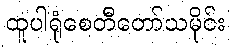
ထူပါရုံစေတီတော်သမိုင်း